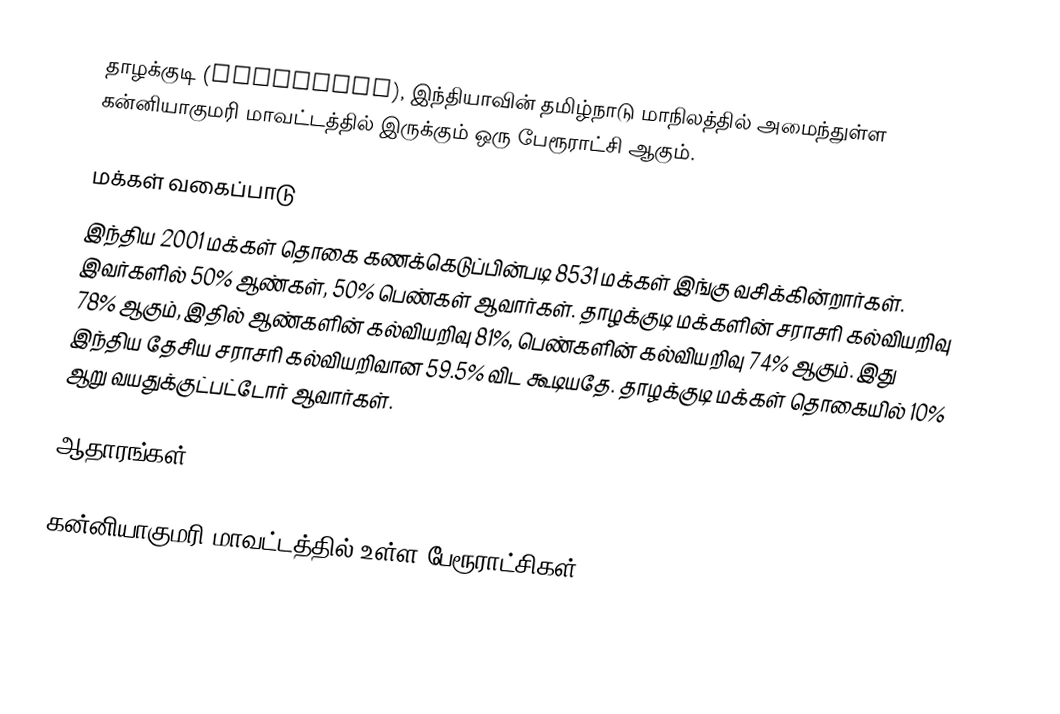
தாழக்குடி (Thalakudi), இந்தியாவின் தமிழ்நாடு மாநிலத்தில் அமைந்துள்ள கன்னியாகுமரி மாவட்டத்தில் இருக்கும் ஒரு பேரூராட்சி ஆகும்.

மக்கள் வகைப்பாடு
இந்திய 2001 மக்கள் தொகை கணக்கெடுப்பின்படி 8531 மக்கள் இங்கு வசிக்கின்றார்கள். இவர்களில் 50% ஆண்கள், 50% பெண்கள் ஆவார்கள். தாழக்குடி மக்களின் சராசரி கல்வியறிவு 78% ஆகும்,  இதில் ஆண்களின் கல்வியறிவு 81%,  பெண்களின் கல்வியறிவு 74% ஆகும். இது இந்திய தேசிய சராசரி கல்வியறிவான 59.5% விட கூடியதே. தாழக்குடி மக்கள் தொகையில் 10%  ஆறு வயதுக்குட்பட்டோர் ஆவார்கள்.

ஆதாரங்கள்

கன்னியாகுமரி மாவட்டத்தில் உள்ள பேரூராட்சிகள்